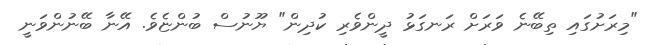
"މިރަށުގައި ތިބޭނެ ވަރަށް ރަނގަޅު ދީންވެރި ކުދިން" ޔޫނުސް ބުންޏެވެ. އޭނާ ބޭނުންވަނީ